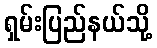
ရှမ်းပြည်နယ်သို့